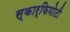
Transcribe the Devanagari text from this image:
स्कार्फियोटी